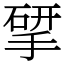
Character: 揅